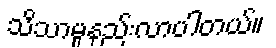
သိသာမှုနည်းလာပါတယ်။